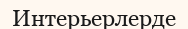
Интерьерлерде